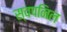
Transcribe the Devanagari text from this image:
स्वपनिल